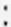
: